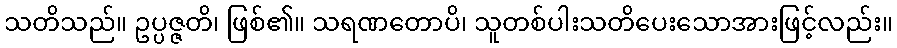
သတိသည်။ ဥပ္ပဇ္ဇတိ၊ ဖြစ်၏။ သရဏတောပိ၊ သူတစ်ပါးသတိပေးသောအားဖြင့်လည်း။